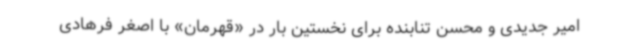
امیر جدیدی و محسن تنابنده برای نخستین بار در «قهرمان» با اصغر فرهادی